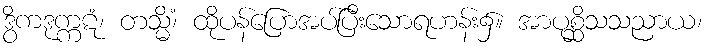
ဒွိကဒုက္ကဋံ၊ တသ္မိံ၊ ထိုပန်ပြောအပ်ပြီးသောရဟန်း၌။ အာပုစ္ဆိသသညာယ၊